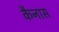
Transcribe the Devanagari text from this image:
कैनास